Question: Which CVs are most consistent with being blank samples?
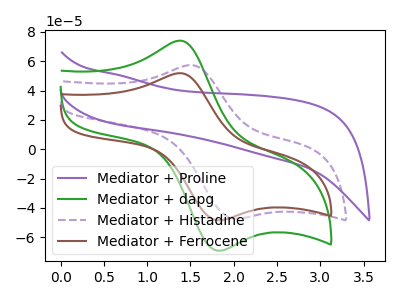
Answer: <think>The purple curve "Mediator + Proline" has no peaks. The green curve "Mediator + dapg" has an anodic peak at (1.40V, 74.00uA) and a cathodic peak at (1.85V, -69.30uA). The purple dashed curve "Mediator + Histadine" has an anodic peak at (1.50V, 57.35uA) and a cathodic peak at (2.00V, -47.40uA). The brown curve "Mediator + Ferrocene" has an anodic peak at (1.40V, 51.85uA) and a cathodic peak at (1.85V, -48.50uA).</think>
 <answer>"Mediator + Proline" is likely to be a blank.</answer>
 <eval>Mediator + Proline</eval>